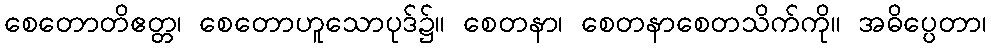
စေတောတိဧတ္တ၊ စေတောဟူသောပုဒ်၌။ စေတနာ၊ စေတနာစေတသိက်ကို။ အဓိပ္ပေတာ၊